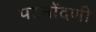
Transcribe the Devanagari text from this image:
पटनोंदणी